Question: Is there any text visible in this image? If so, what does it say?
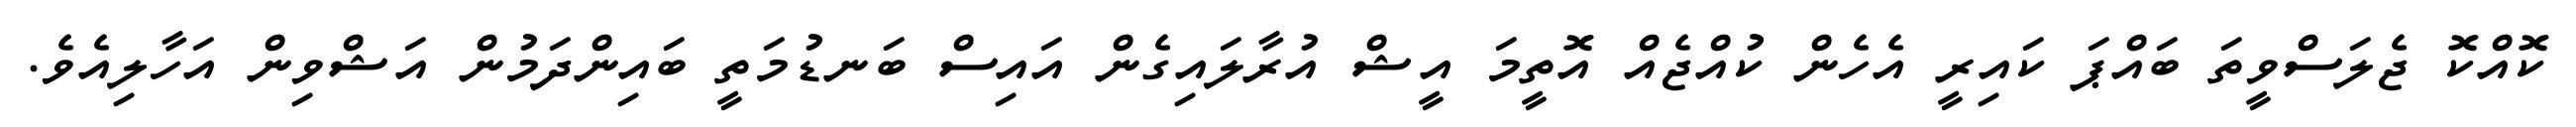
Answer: ކޮއްކޮ ޖެލަސްވީތަ ބައްޕަ ކައިރީ އެހެން ކުއްޖެއް އޮތީމަ އީޝް އުރާލައިގެން އައިސް ބަނޑުމަތީ ބައިންދަމުން އަޝްވިން އަހާލިއެވެ.